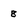
Character: 8